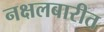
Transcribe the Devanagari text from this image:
नक्षलबारीत